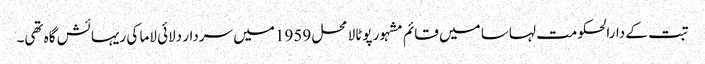
تبت کے دارالحکومت لہاسا میں قائم مشہور پوٹالا محل 1959 میں سردار دلائی لاما کی ریہائش گاہ تھی۔